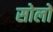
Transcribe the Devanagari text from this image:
सोलों